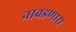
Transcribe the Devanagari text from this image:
नावडणारा